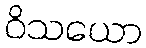
ဝိသယော